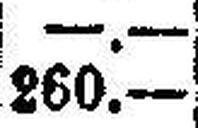
260.—